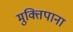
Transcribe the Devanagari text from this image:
मुक्तिपाना